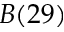
B ( 2 9 )